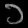
Digit: ၁